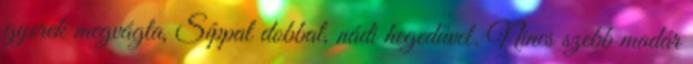
gyerek megvágta, Síppal dobbal, nádi hegedűvel. Nincs szebb madár